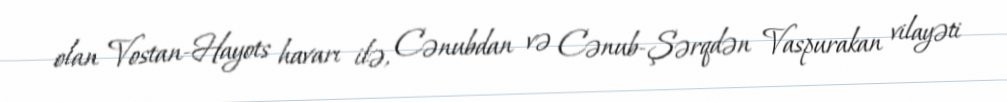
olan Vostan-Hayots havarı ilə, Cənubdan və Cənub-Şərqdən Vaspurakan vilayəti